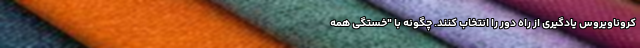
کروناویروس یادگیری از راه دور را انتخاب کنند. چگونه با "خستگی همه